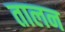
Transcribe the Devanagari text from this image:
तालन